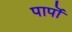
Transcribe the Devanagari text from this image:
पापॊं